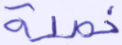
خصلة